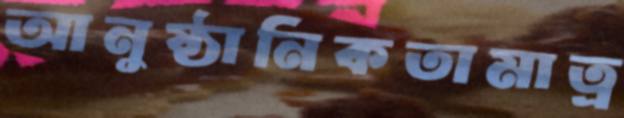
আনুষ্ঠানিকতামাত্র